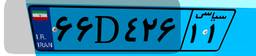
۴۹D۴۱۴۶۱